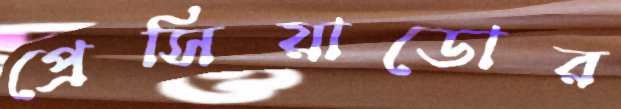
প্রেসিয়াডোর